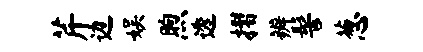
芹边娱煦透摺辨髻葱